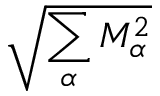
\sqrt { \sum _ { \alpha } M _ { \alpha } ^ { 2 } }